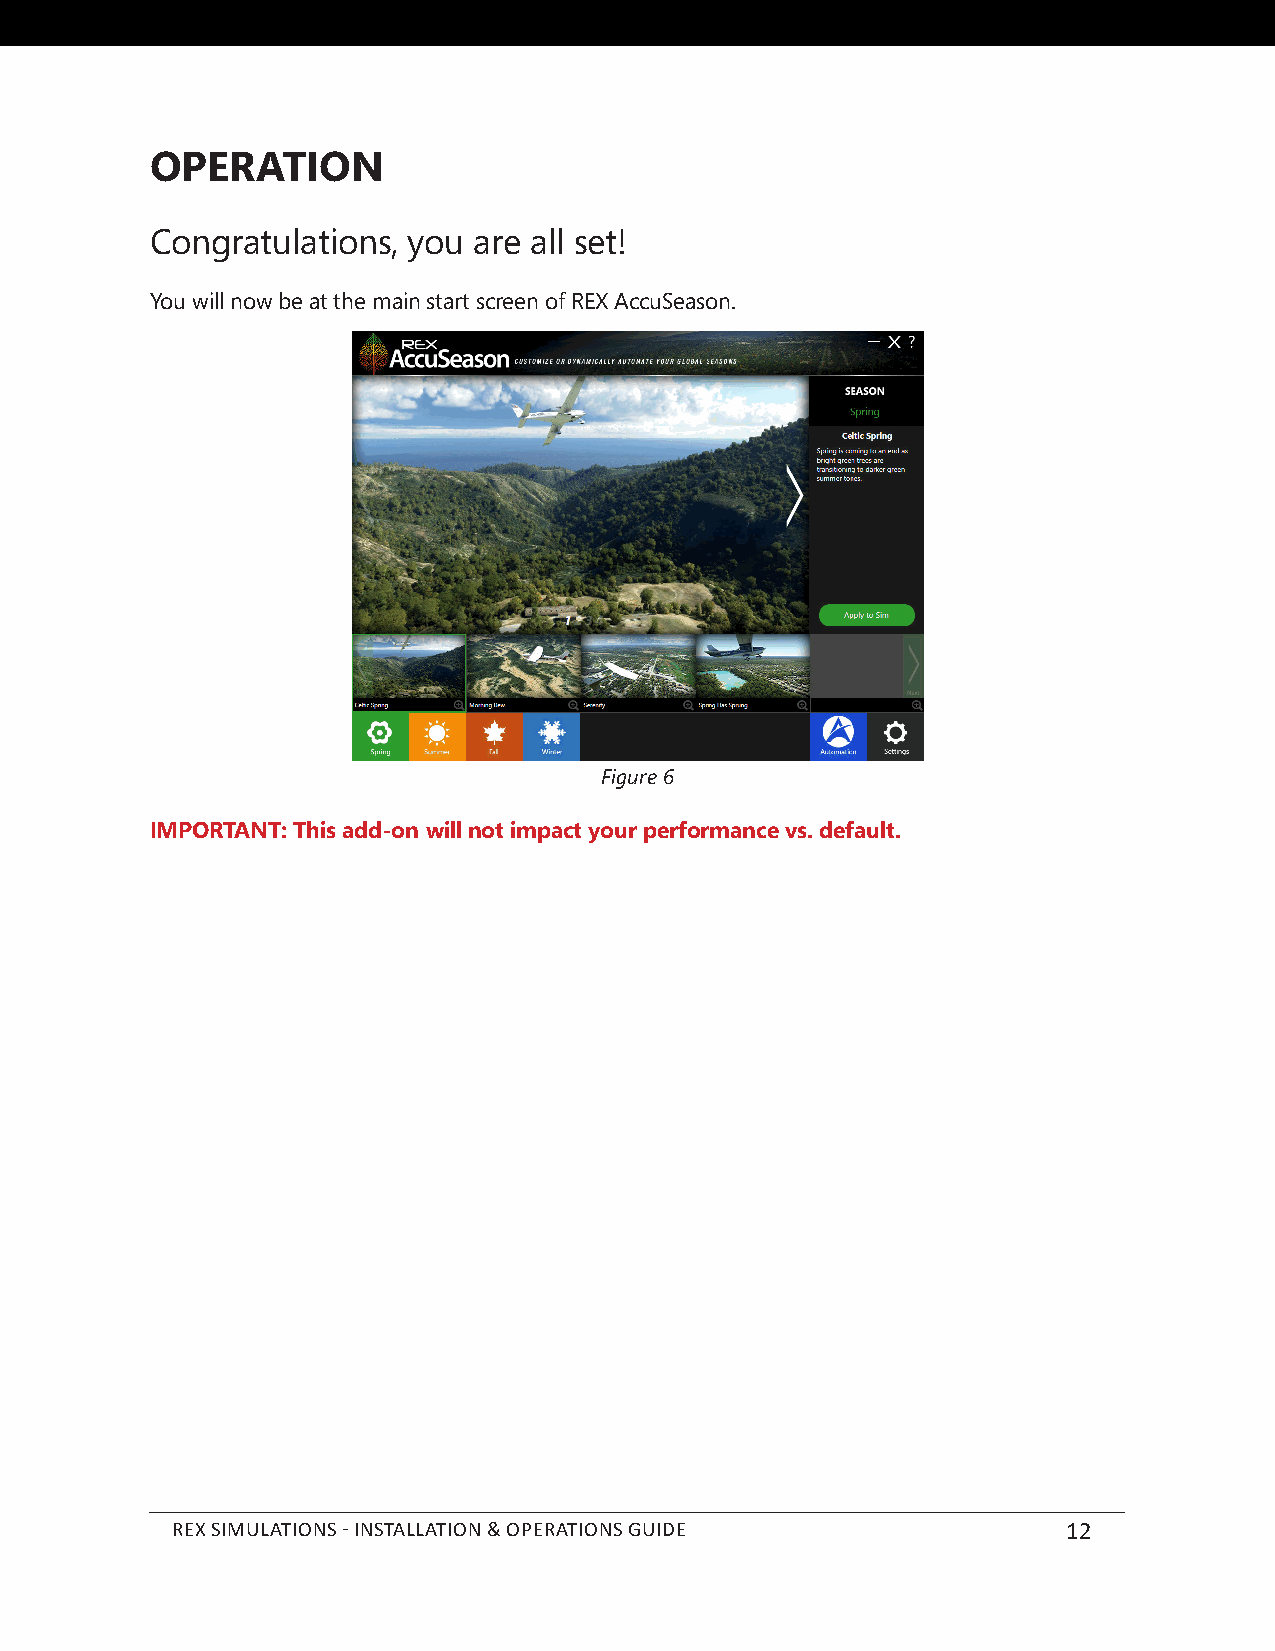
OPERATION
 Congratulations, you are all set!
 You will now be at the main start screen of REX AccuSeason.
 Figure 6
 IMPORTANT: This add-on will not impact your performance vs. default.
 REX SIMULATIONS - INSTALLATION & OPERATIONS GUIDE           12